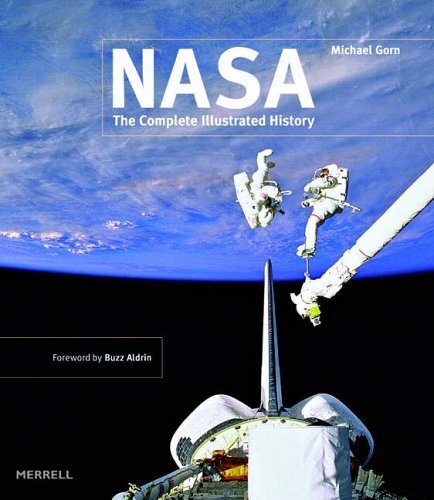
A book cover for NASA: The Complete Illustrated History; Michael H. Gorn; Arts & Photography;